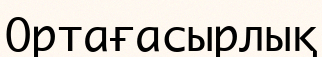
Ортағасырлық